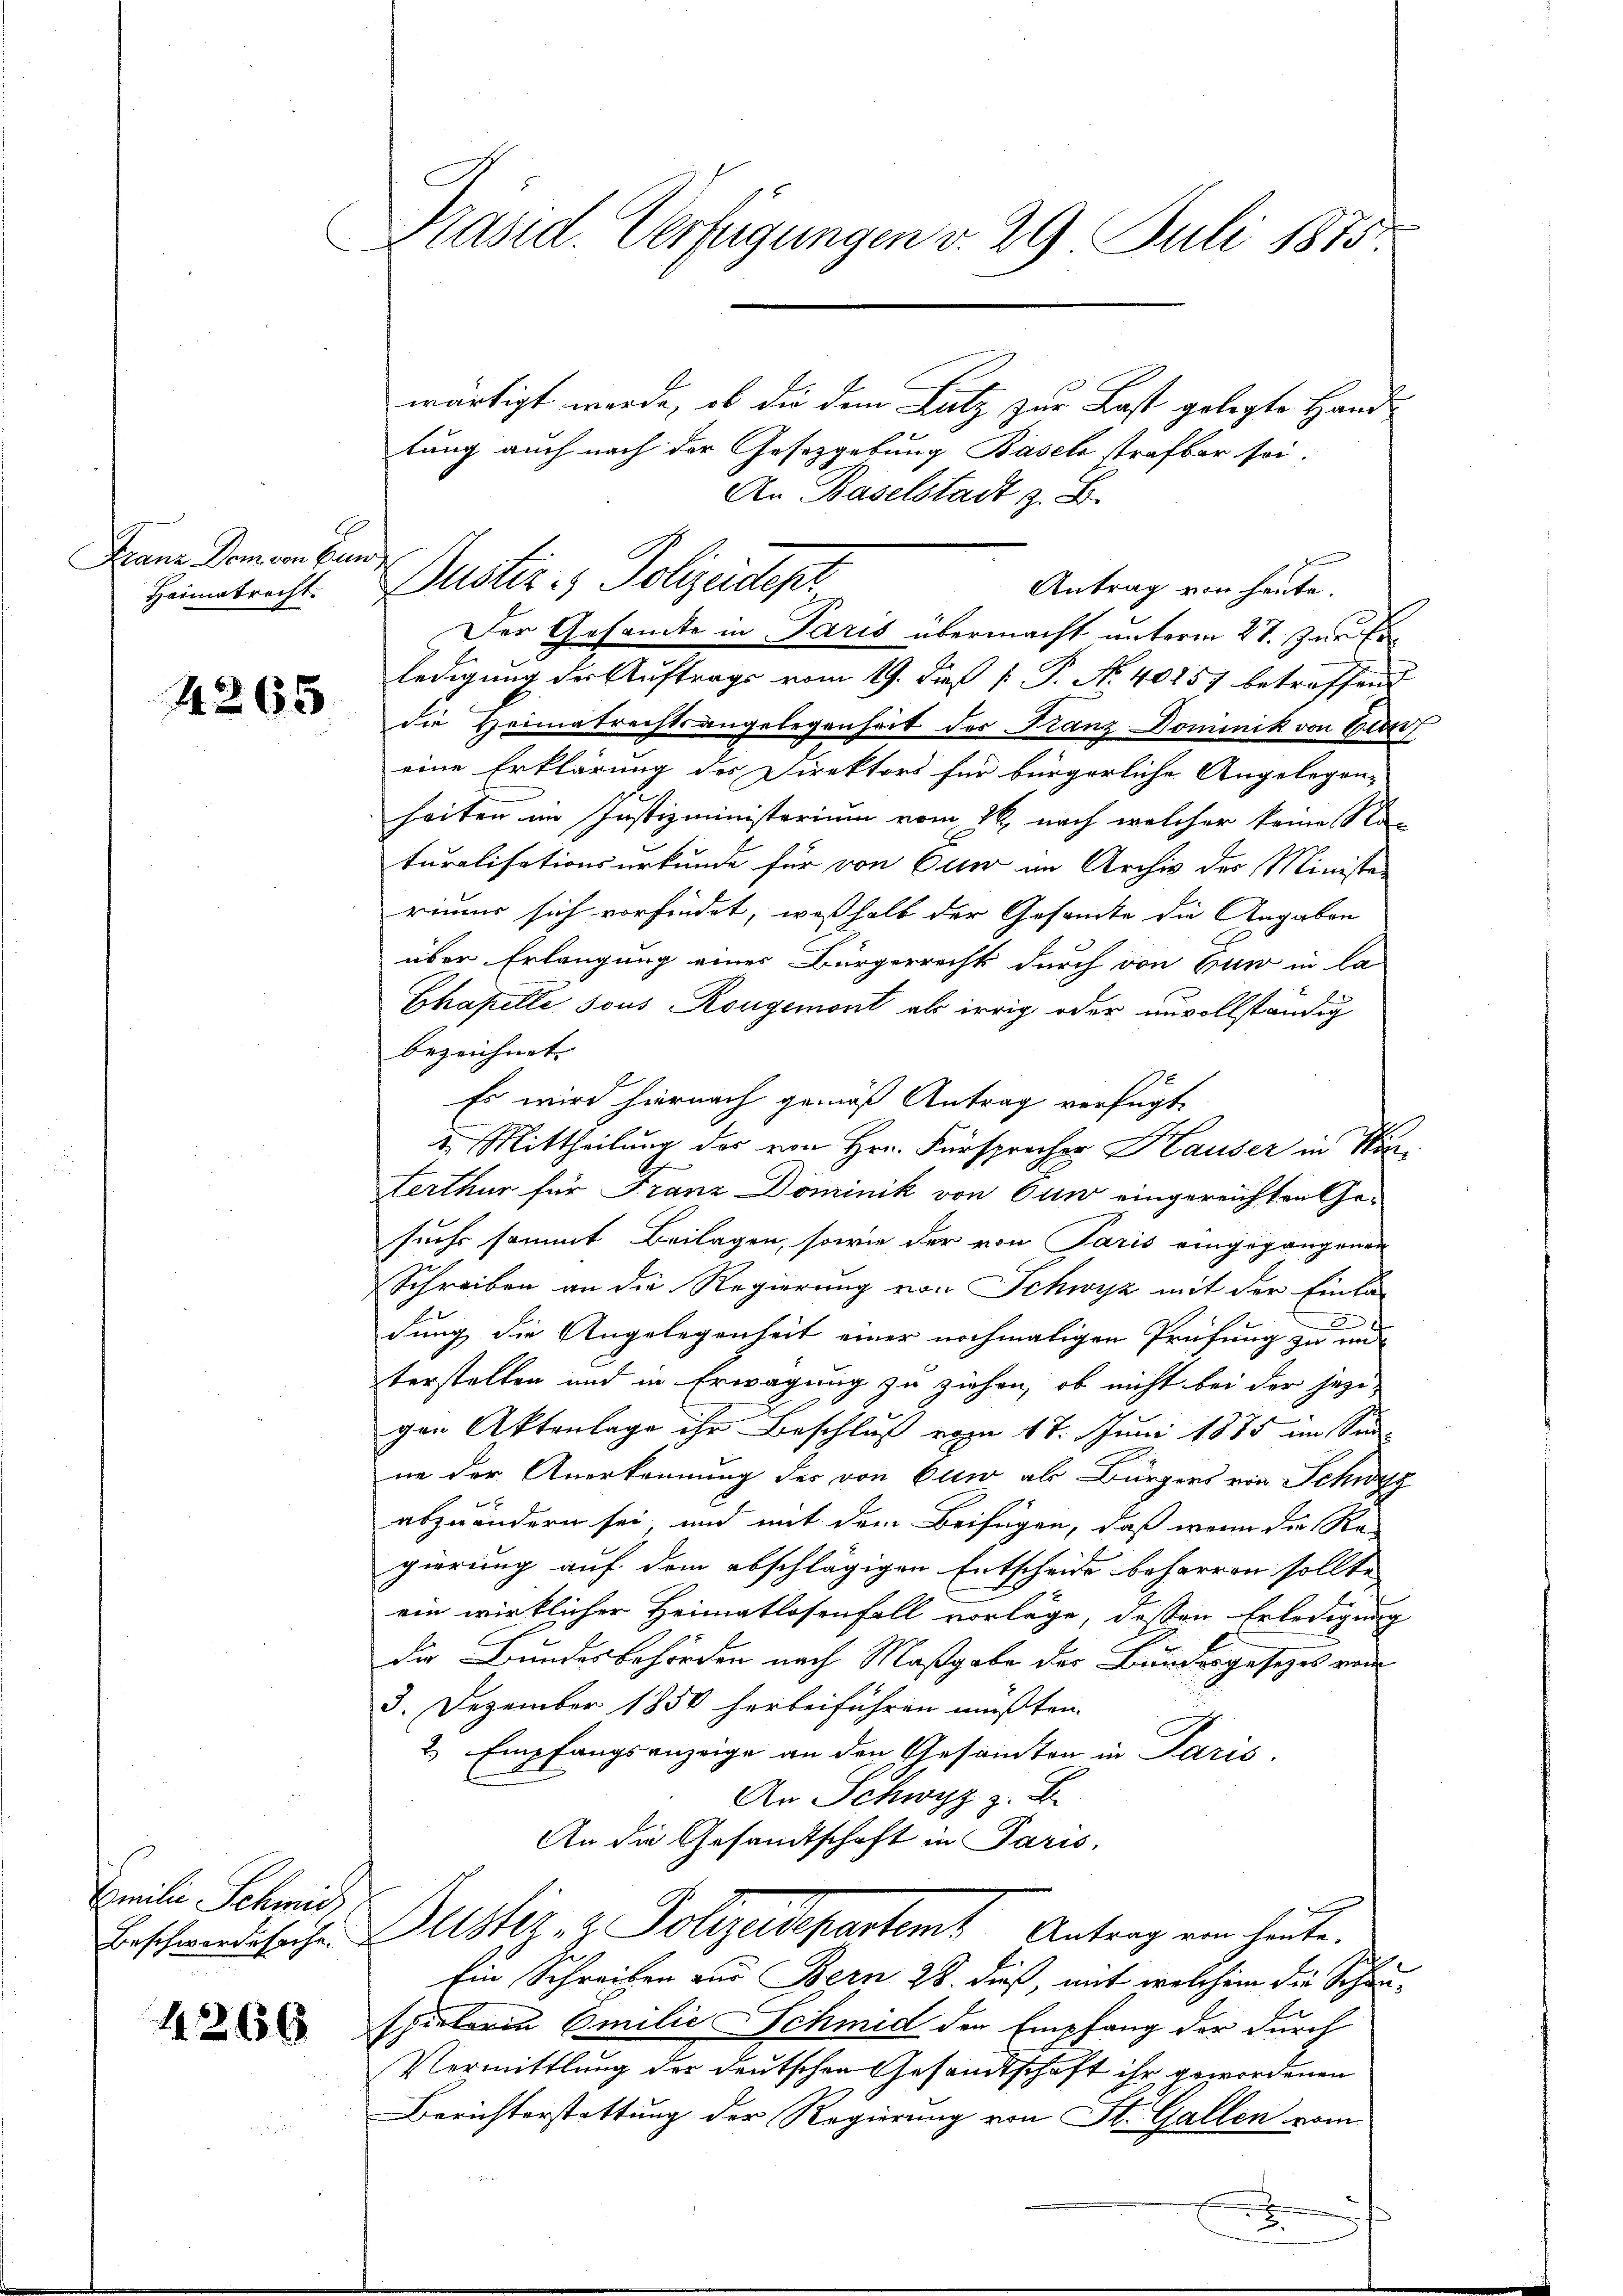
Hans Dom von Bund
Heimatrecht.

4265

Emilie Schmid

4266

Präsid. Verfügungen v. 29 Juli 1815

wärtigt werde, ob die dem Lutz zur Last gelegte Handlung auch nach der Gesetzgebung Basels strafbar sei:
An Baselstadt z. B.
Antrag von heute.
Der Gesamte in Paris übermacht unterm 27. Juni
ledigung der Auftrags vom 19. dieß [ P. N. 40257 betroffend
die Heimatrechtsangelegenheit der Franz Dominik von Eier,
eine Erklärung des Direktors für bürgerliche Angelegen-
heiten im Justizministerium vom 26. nach welcher keine Na-
turalisationsurkunde für von Euer in Archiv der Ministe
rimus sich vorfindet, weßhalb der Gesamte die Angaben
über Erlangung eines Bürgerrechts durch von Euw in la
Chapelle sous Rougemont als irrig oder unvollständig
bezeichnet. |
Es wird hiernach gemäß Antrag verfügt,
2. Mittheilung des von Hrn. Fürsprecher Hauser in Win¬
Lerthur für Franz Dominik von Euw eingereichten Gesuchs sammt Beilagen, sowie der von Paris eingegangenen
Schreiben an die Regierung von Schwyz mit der Einla-
2
dung die Angelegenheit einer nochmaligen Prüfung zu und
terstellen und in Erwägung zu ziehen, ob nicht bei der jezi-
gen Aktenlage ihr Beschluß vom 17. Juni 1885 im Sinn
ne der Anerkennung des von Euw als Bürgers von Schwyz
abzuändern sei, und mit dem Beifügen, daß wenn die Re-
gierung auf dem abschlägigen Entscheide beharren sollte
ein wirklicher Heimatlosenfall vorläge, dessen Erledigung
die Bundesbehörden nach Maßgabe der Bundesgesetzes von
3. Dezember 1850 herbeiführen müßten.
2 Empfangsanzeige an den Gesamten in Paris.
An Schwyz z. B.
An die Gesandtschaft in Paris,
Beschwindliche Altstiz & Polizeidepartemt Antrag von heute.
Ein Schreiben aus Bern 28. dieß, mit welchem die Schau-
spielerin Emilie Schmid den Empfang der durch
Vermittlung der deutschen Gesandtschaft ihr gewordenen
Berichterstattung der Regierung von St. Gallen vom

Dustiz- & Polizeidest